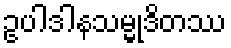
ဥပါဒါနသမ္မုဒိတဿ